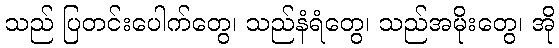
သည် ပြတင်းပေါက်တွေ၊ သည်နံရံတွေ၊ သည်အမိုးတွေ၊ အို